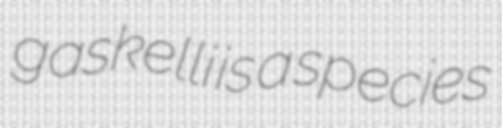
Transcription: gaskelli is a species